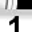
Digit: 1